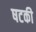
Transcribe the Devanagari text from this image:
षटकी